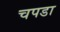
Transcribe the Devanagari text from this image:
चपडा